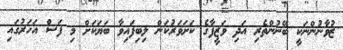
ޒުވާނުންނަކީ ބޭނުންތެރި އަދި ވަޒީފާގެ ކަށަވަރުކަން ލިބިފައިވާ ބަޔަކަށް މި ފަސް އަހަރުގައި